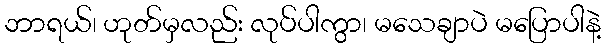
ဘာရယ်၊ ဟုတ်မှလည်း လုပ်ပါကွာ၊ မသေချာပဲ မပြောပါနဲ့